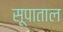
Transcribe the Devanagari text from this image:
सूपाताल